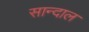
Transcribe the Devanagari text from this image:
सान्दाल